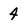
Character: 4